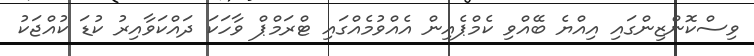
ވިސްކޮންޒިންގައި އިއްޔެ ބޭއްވި ކެމްޕެއިން އެއްވުމެއްގައި ޓްރަމްޕް ވާހަކަ ދައްކަވާއިރު ކުޑަ ކުއްޖަކު